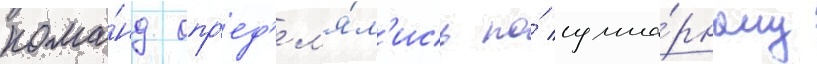
кома́нд опр'ед'ел'я́л'ись по́ сумма́рному